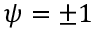
\psi = \pm 1